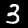
Digit: 3